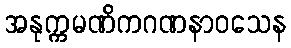
အနုက္ကမဏိကဂဏနာဝသေန